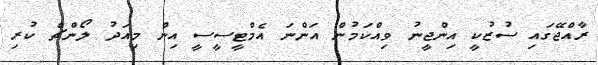
ރާއްޖޭގައި ސުޒުކީ އިންޖީނު ވިއްކަމުން އަންނަ އެމްޓީސީސީ އިން މިއަދު ލޯންޗް ކުރި